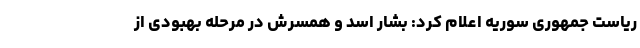
ریاست جمهوری سوریه اعلام کرد: بشار اسد و همسرش در مرحله بهبودی از